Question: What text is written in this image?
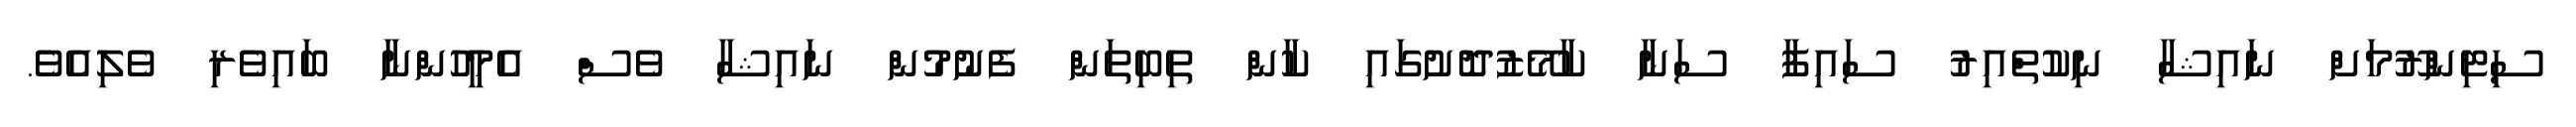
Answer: ސިޓިންރޫމަށް ނައިޝާ ނިކުތްއިރު ސައިފާ ސަނާ ކާމޭޒުދޮށުގައި ކާން ތިބިތަން ފެނުމުން ނައިޝާ ވެސް އެމީހުންނާ ބައިވެރި ވެލިއެވެ.